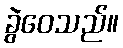
ခွဲဝေသည်။